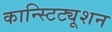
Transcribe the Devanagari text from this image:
कान्स्टिट्यूशन